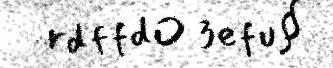
rdffdO 3efu§